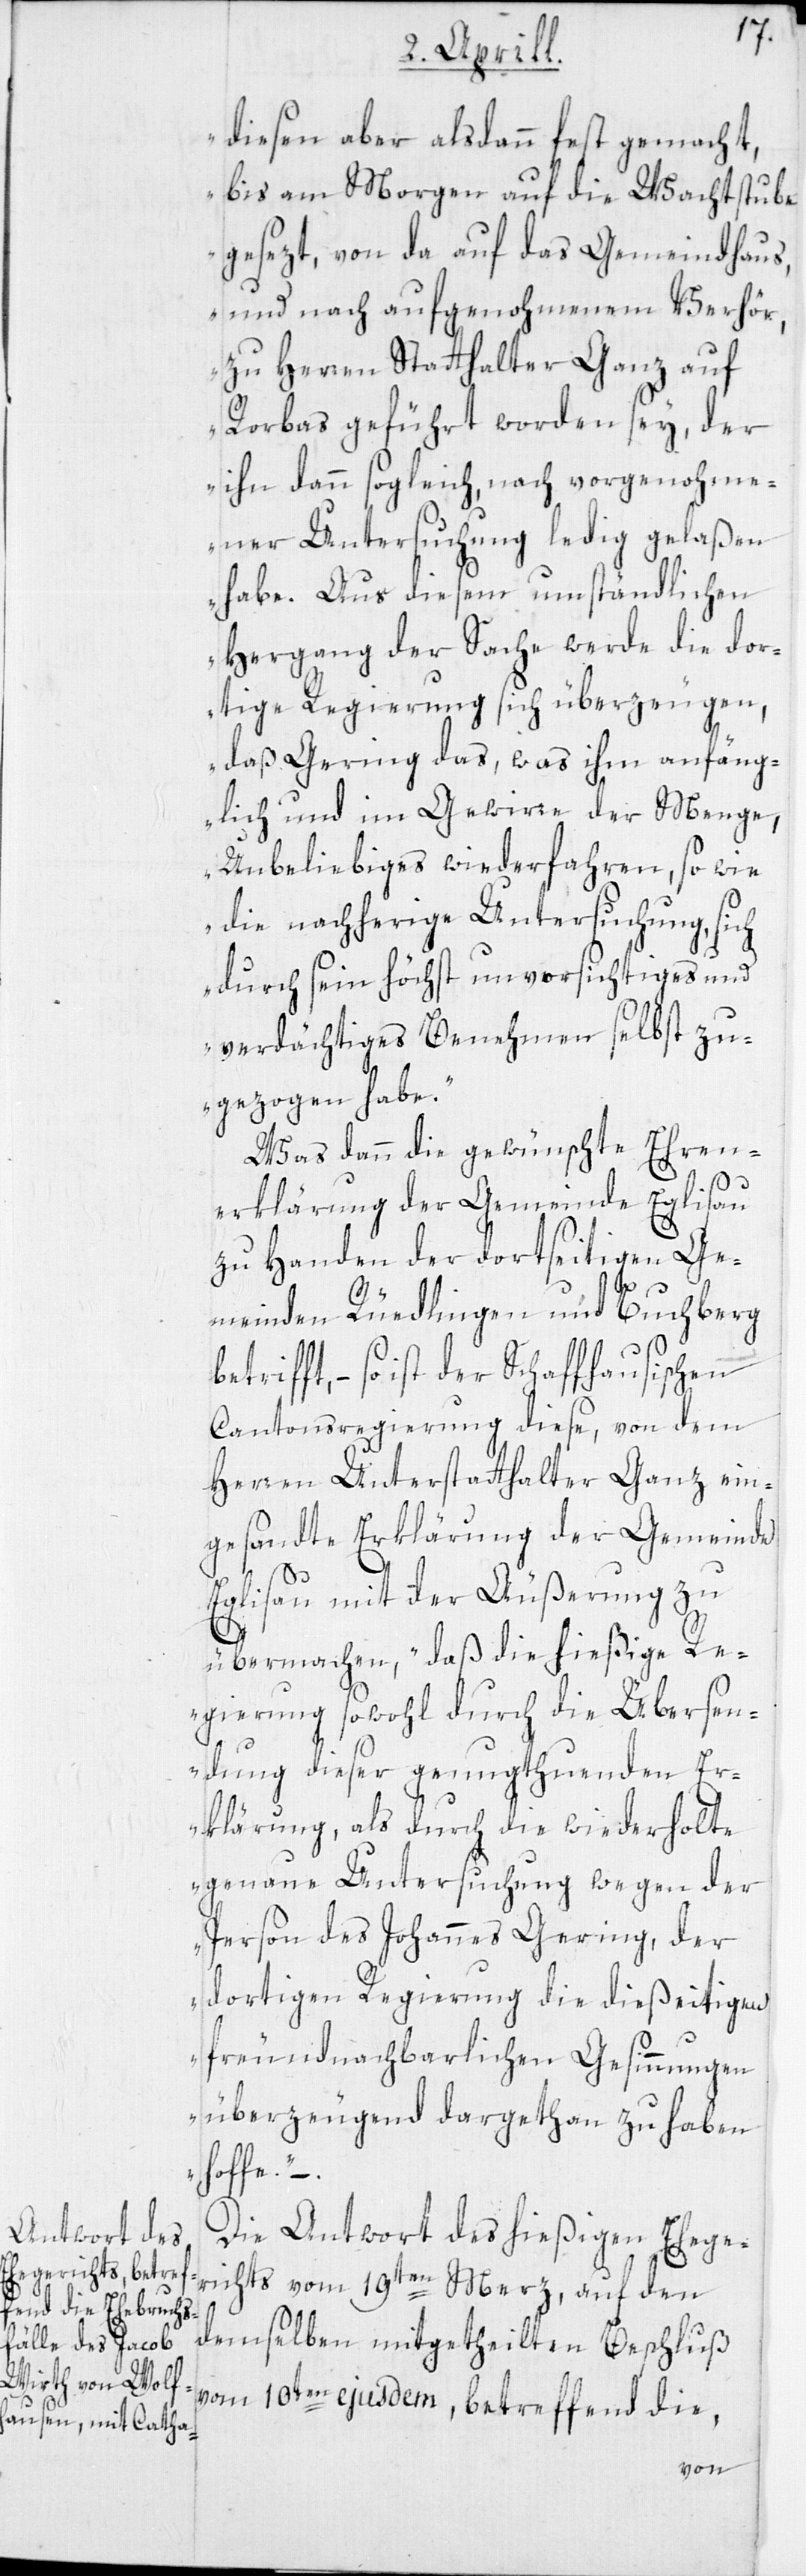
diesen aber alsdann fest gemacht,
bis am Morgen auf die Wachtstube
gesezt, von da auf das Gemeindhaus,
und nach aufgenohmenem Verhör,
zu Herren Statthalter Ganz auf
Rorbas geführt worden sey, der
ihn dann sogleich nach vorgenohme¬
ner Untersuchung ledig gelaßen
habe. Aus diesem umständlichen
Hergang der Sache werde die dor¬
tige Regierung sich überzeugen,
daß Gering das, was ihm anfäng¬
lich im Gewirre der Menge,
Unbeliebiges wiederfahren, so wie
die nachherige Untersuchung, sich
durch sein höchst unvorsichtiges und
verdächtiges Benehmen selbst zu¬
gezogen habe.“
Was dann die gewünschte Ehren¬
erklärung der Gemeinde Eglisau
zu Handen der dortseitigen Ge¬
meinden Rüedlingen und Buchberg
so ist der Schaffhausischen
Cantonsregierung diese, von dem
Herren Unterstatthalter Ganz ein¬
gesandte Erklärung der Gemeinde
Eglisau mit der Aeusserung zu
übermachen, „daß die hießige Re¬
gierung sowohl durch die Übersen¬
dung dieser genugthuenden Er¬
klärung, als durch die wiederholte
genaue Untersuchung wegen der
Person des Johannes Gering, der
dortigen Regierung die dießeitigen
freundnachbarlichen Gesinnungen
überzeugend dargethan zu haben
hoffe“. –
Die Antwort des hießigen Ehege¬
richts vom 19ten Merz, auf den
demselben mitgetheilten Beschluß
vom 10ten ejusdem, betreffend die,